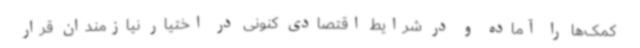
کمک‌ها را آماده و در شرایط اقتصادی کنونی در اختیار نیازمندان قرار